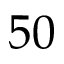
5 0